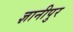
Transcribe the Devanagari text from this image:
ज्ञानीपुर